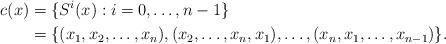
LaTeX: \begin{align*}c(x) &= \{ S^i(x) : i=0,\dotsc,n-1 \} \\ &=\{ (x_1,x_2,\dotsc,x_{n}),(x_2,\dotsc,x_{n},x_1),\dotsc,(x_{n},x_1,\dotsc,x_{n-1}) \}.\end{align*}